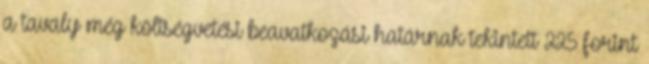
a tavaly még költségvetési beavatkozási határnak tekintett 225 forint